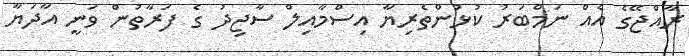
ރާއްޖޭގެ އެއް ނަމްބަރު ކުޅުންތެރިޔާ އިސްމާއިލް ސާޖިދު ގެ ފަރާތުން ވަނީ އާދަޔާ